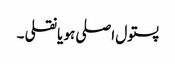
پستول اصلی ہو یا نقلی ۔